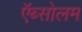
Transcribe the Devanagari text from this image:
ऍब्सोलम